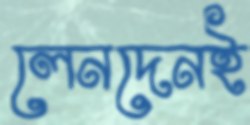
লেনদেনই